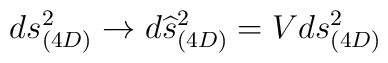
ds_{(4D)}^2\rightarrow d\widehat{s}_{(4D)}^2=Vds_{(4D)}^2